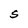
Character: S